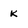
Character: k